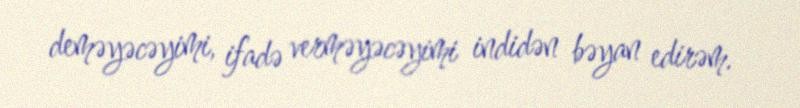
deməyəcəyimi, ifadə verməyəcəyimi indidən bəyan edirəm.